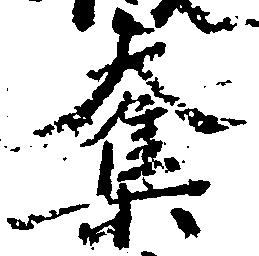
奪